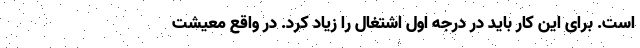
است. برای این کار باید در درجه اول اشتغال را زیاد کرد. در واقع معیشت